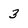
Character: 3